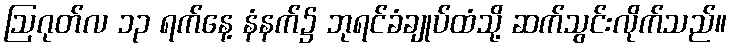
ဩဂုတ်လ ၁၃ ရက်နေ့ နံနက်၌ ဘုရင်ခံချုပ်ထံသို့ ဆက်သွင်းလိုက်သည်။